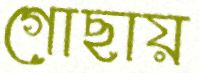
গোছায়